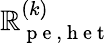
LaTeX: \mathbb{R}_{\mathrm{{~p~e~,~h~e~t~}}}^{(k)}